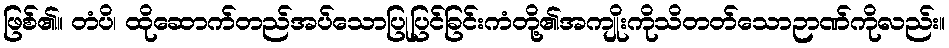
ဖြစ်၏။ တံပိ၊ ထိုဆောက်တည်အပ်သောပြုပြင်ခြင်းကံတို့၏အကျိုးကိုသိတတ်သောဉာဏ်ကိုလည်း။